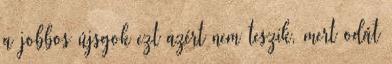
a jobbos újsgok ezt azért nem teszik, mert odát